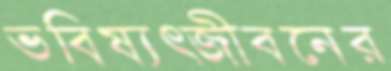
ভবিষ্যত্জীবনের